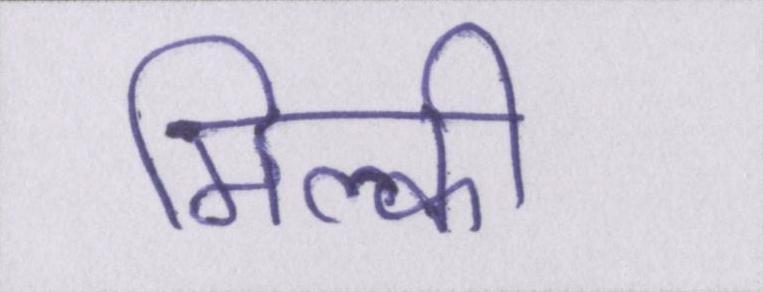
मिल्की